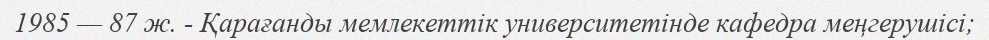
1985 — 87 ж. - Қарағанды мемлекеттік университетінде кафедра меңгерушісі;